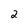
Character: 2